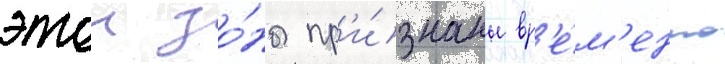
этои зо́ны пр'и́знаны вр'е́м'енно